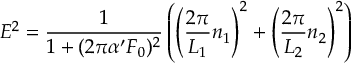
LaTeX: E ^ { 2 } = \frac { 1 } { 1 + ( 2 \pi \alpha ^ { \prime } F _ { 0 } ) ^ { 2 } } \left( \left( \frac { 2 \pi } { L _ { 1 } } n _ { 1 } \right) ^ { 2 } + \left( \frac { 2 \pi } { L _ { 2 } } n _ { 2 } \right) ^ { 2 } \right)